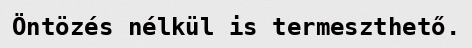
Öntözés nélkül is termeszthető.